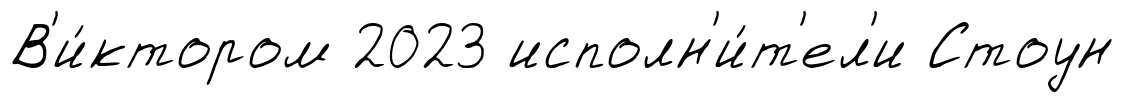
В'и́ктором 2023 исполн'и́т'ел'и Стоун